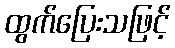
ထွက်ပြေးသဖြင့်